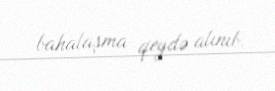
bahalaşma qeydə alınıb.